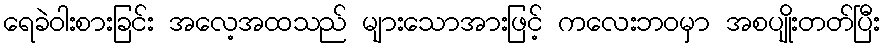
ရေခဲဝါးစားခြင်း အလေ့အထသည် များသောအားဖြင့် ကလေးဘဝမှာ အစပျိုးတတ်ပြီး